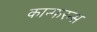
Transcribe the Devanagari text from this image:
कान्फरन्स